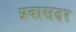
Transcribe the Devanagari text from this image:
प्रवासदर